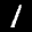
Label: 1